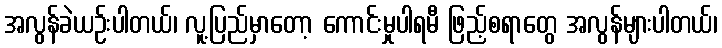
အလွန်ခဲယဉ်းပါတယ်၊ လူ့ပြည်မှာတော့ ကောင်းမှုပါရမီ ဖြည့်စရာတွေ အလွန်များပါတယ်၊